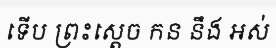
ទើប ព្រះស្តេច កន នឹង អស់